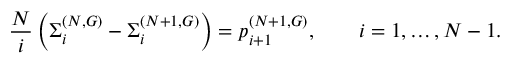
\frac { N } { i } \left( \Sigma _ { i } ^ { ( N , G ) } - \Sigma _ { i } ^ { ( N + 1 , G ) } \right) = p _ { i + 1 } ^ { ( N + 1 , G ) } , \qquad i = 1 , \dots , N - 1 .